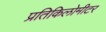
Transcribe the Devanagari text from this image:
प्रतिकिलोमीटर